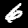
Digit: 6